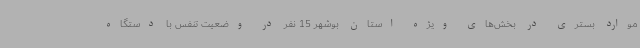
موارد بستری در بخش‌های ویژه استان بوشهر 15 نفر در وضعیت تنفس با دستگاه